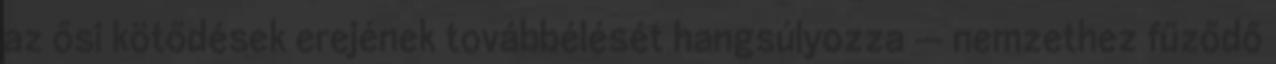
az ősi kötődések erejének továbbélését hangsúlyozza — nemzethez fűződő